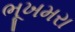
ભૂખમરા